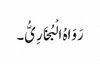
رَوَاہُ الْبُخَارِیُّ۔